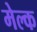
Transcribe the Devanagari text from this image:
मेल्क